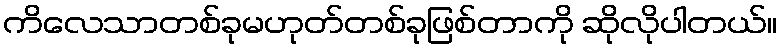
ကိလေသာတစ်ခုမဟုတ်တစ်ခုဖြစ်တာကို ဆိုလိုပါတယ်။